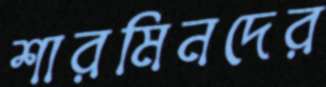
শারমিনদের